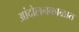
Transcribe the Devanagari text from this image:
आंदोलनकाळात